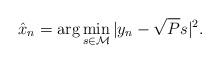
LaTeX: \begin{align*}\hat x_n = \arg \min_{s \in \mathcal{M}} |y_n - \sqrt{P}s|^2.\end{align*}